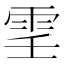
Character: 𩂐